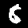
Label: 8